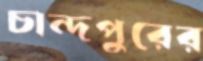
চান্দপুরের